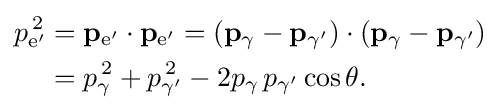
{\begin{aligned}p_{{\text{e}}'}^{\,2}&=\mathbf {p} _{{\text{e}}'}\cdot \mathbf {p} _{{\text{e}}'}=(\mathbf {p} _{\gamma }-\mathbf {p} _{\gamma '})\cdot (\mathbf {p} _{\gamma }-\mathbf {p} _{\gamma '})\\&=p_{\gamma }^{\,2}+p_{\gamma '}^{\,2}-2p_{\gamma }\,p_{\gamma '}\cos \theta .\end{aligned}}